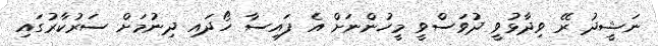
ނަޝީދު ރޭ ވިދާޅުވީ ދުވަސްވީ މީހުންނަށް އެ ފައިސާ ހޯދައި ދިނުމަށް ސަރުކާރުގައި